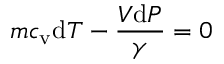
m c _ { \mathrm { v } } \mathrm { d } T - { \frac { V \mathrm { d } P } { \gamma } } = 0